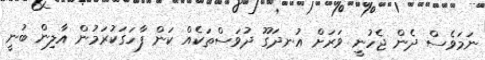
ނަމަވެސް ދެން ޖެހުނީ ވަރަށް އުނދަގޫ ދުވަސްތަކެއް ކަން ފާހަގަކުރަމުން އާލިން ބުނީ